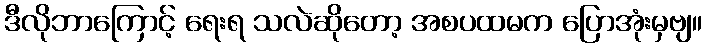
ဒီလိုဘာကြောင့် ရေးရ သလဲဆိုတော့ အစပထမက ပြောအုံးမှဗျ။